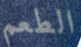
الطعم